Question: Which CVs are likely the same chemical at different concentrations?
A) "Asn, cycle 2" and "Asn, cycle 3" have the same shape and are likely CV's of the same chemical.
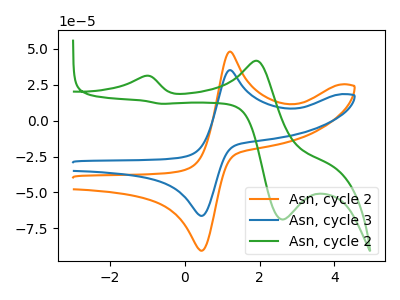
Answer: <think>The orange curve "Asn, cycle 2" has an anodic peak at (1.20V, 48.05uA) and a cathodic peak at (0.40V, -90.45uA). The blue curve "Asn, cycle 3" has an anodic peak at (1.20V, 35.15uA) and a cathodic peak at (0.40V, -66.25uA). The green curve "Asn, cycle 2" has anodic peaks at (-1.05V, 31.10uA) (1.90V, 41.65uA) and cathodic peaks at (2.60V, -68.80uA) (-0.60V, 11.70uA).
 All the peaks in "Asn, cycle 2" have a peak in "Asn, cycle 3" at the same potential. Every peak in "Asn, cycle 2" is higher than every peak in "Asn, cycle 3". "Asn, cycle 2" and "Asn, cycle 2" have a different number of peaks. "Asn, cycle 3" and "Asn, cycle 2" have a different number of peaks.</think>
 <answer>A) "Asn, cycle 2" and "Asn, cycle 3" have the same shape and are likely CV's of the same chemical.</answer>
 <eval>A</eval>